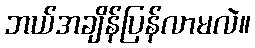
ဘယ်အချိန်ပြန်လာမလဲ။